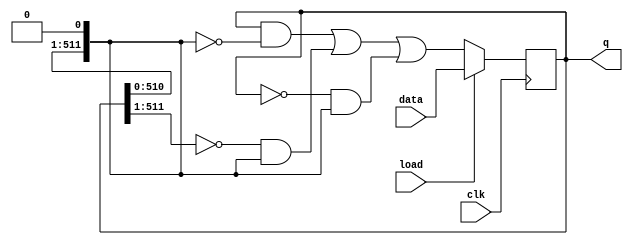
module top_module(
    input clk,
    input load,
    input [511:0] data,
    output [511:0] q
);
    wire [511:0]q_right,q_left;
    assign q_right={q[510:0],1'b0};
    assign q_left={1'b0,q[511:1]};

    always@(posedge clk)begin
        if(load) q=data;
        else q= (q & ~q_right) | (~q_left & q_right) | (~q & q_right);
    end
endmodule